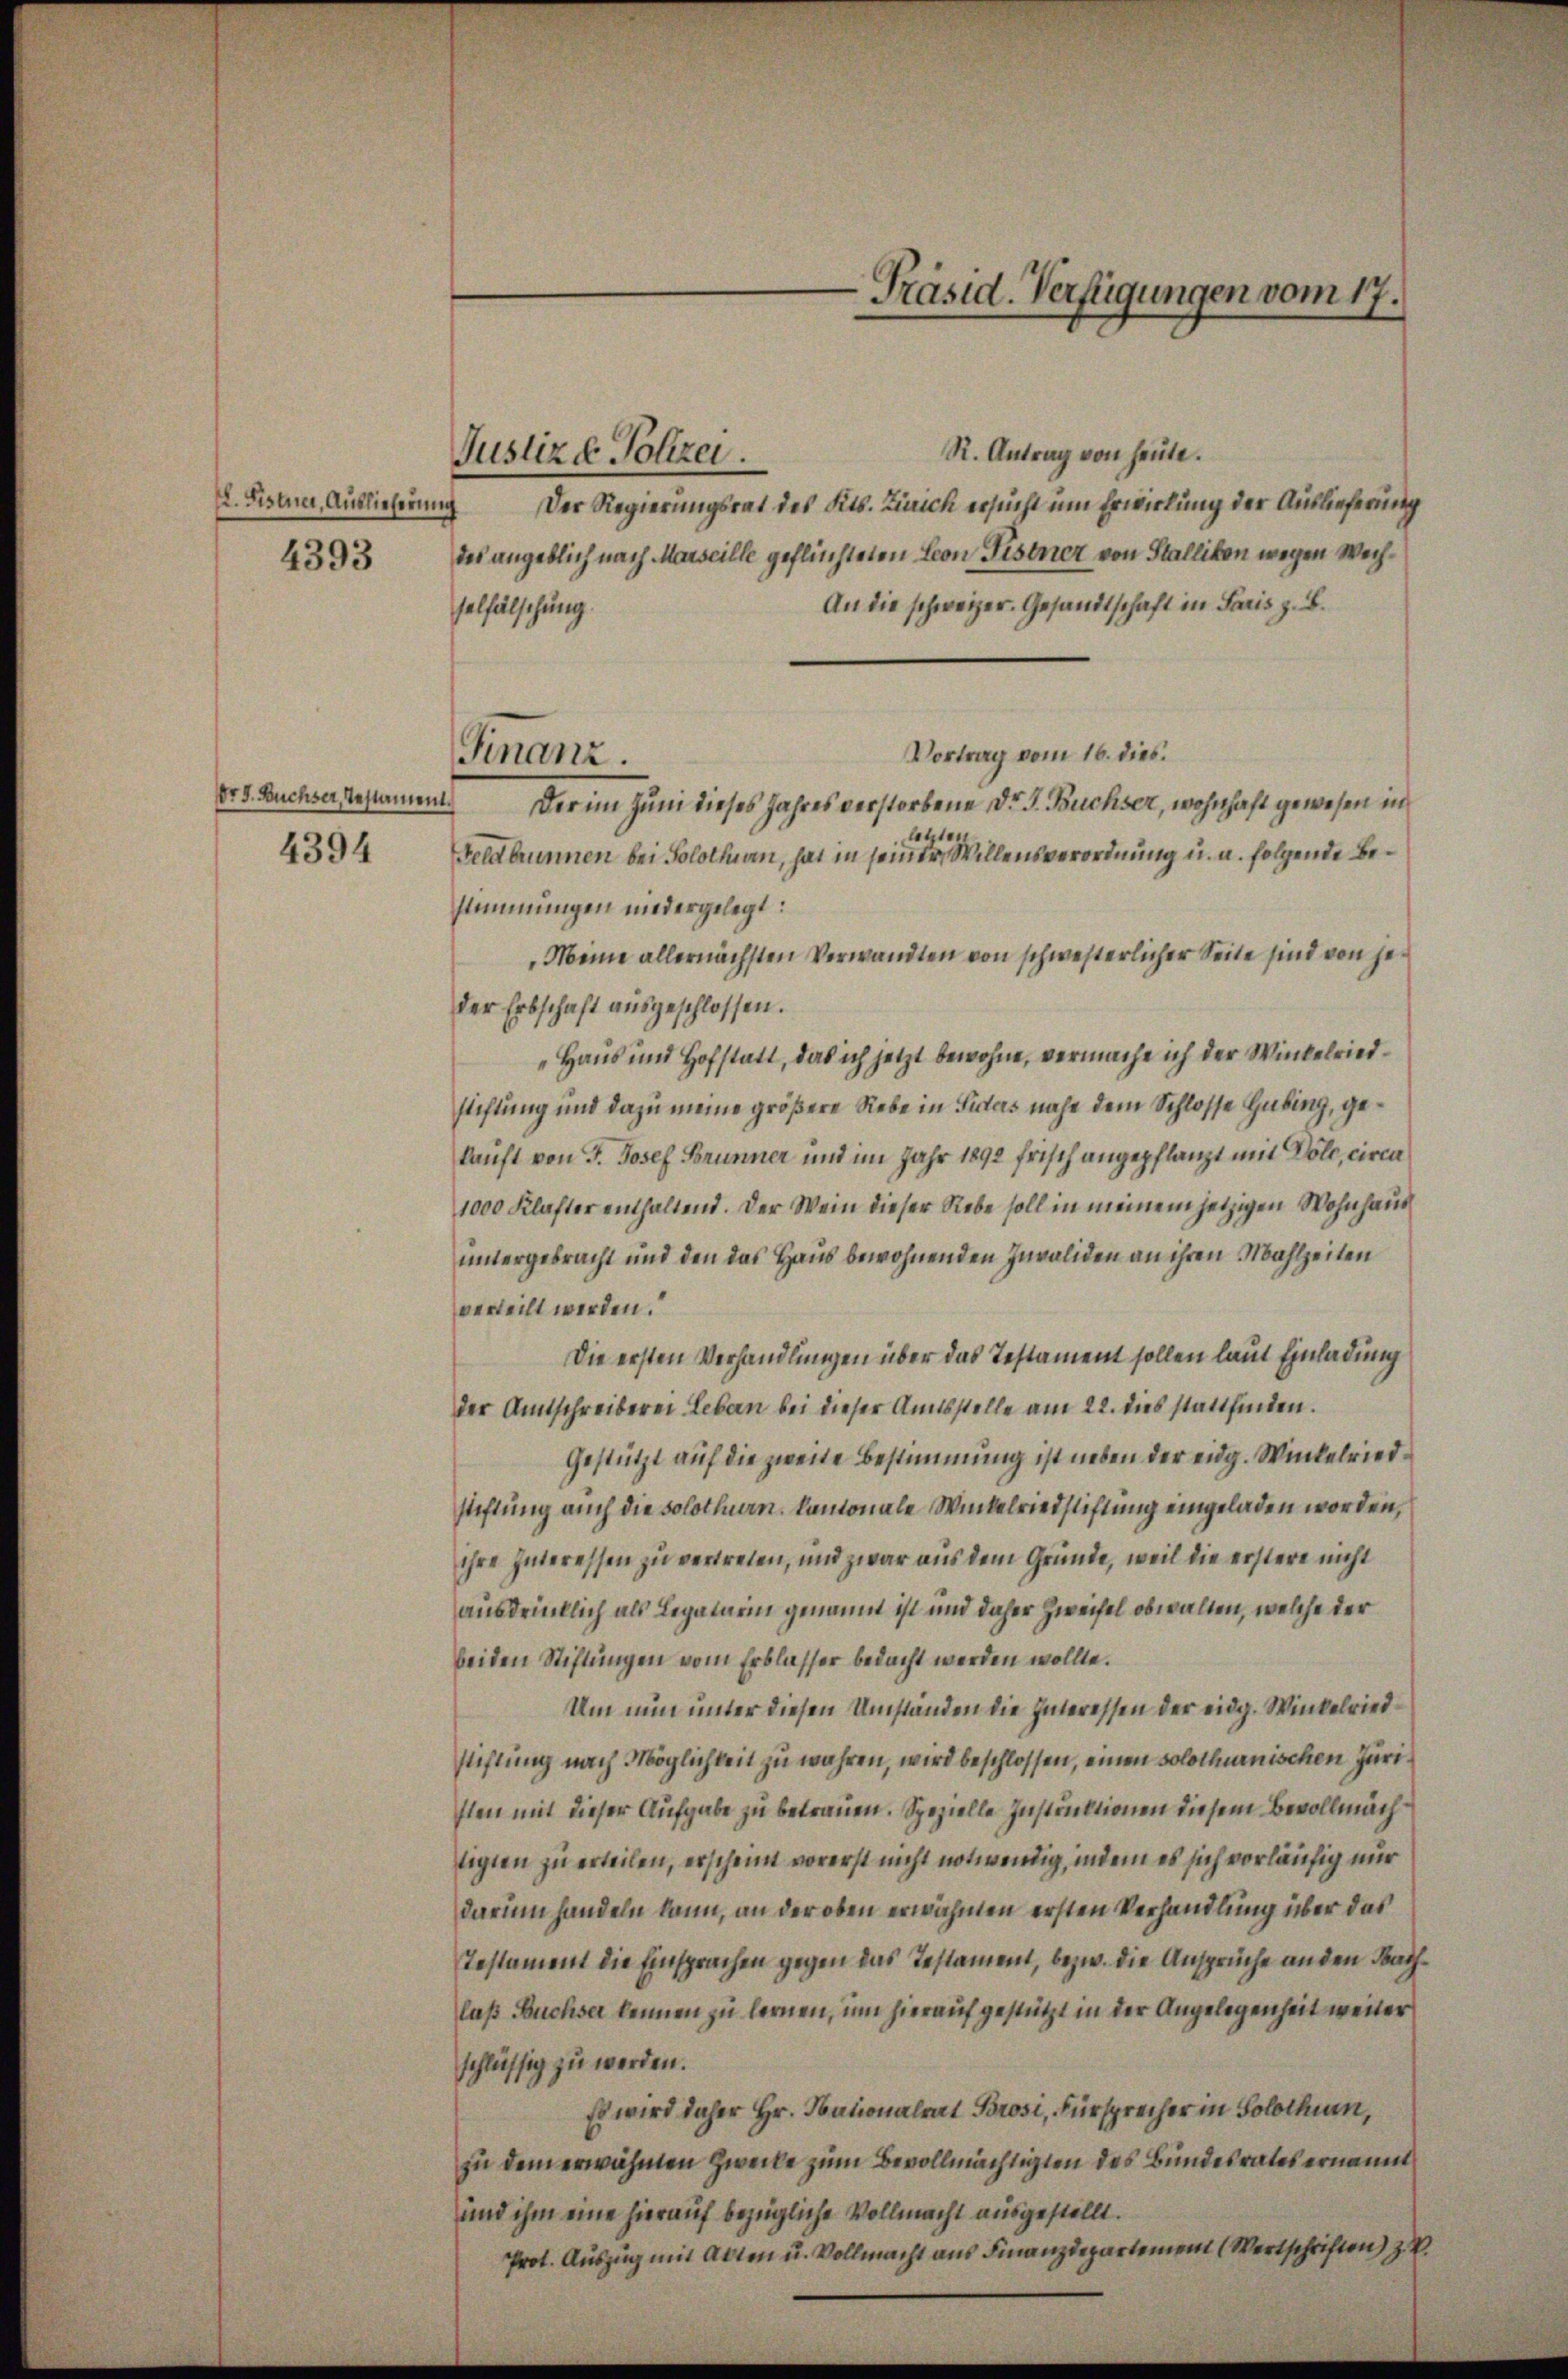
I. Fistner, Auslieferung

pr 5. Buchser, Testament.

4393

4394

R. Antrag von heute.
Der Regierungsrat des Kts. Zürich ersucht um Erwirkung der Auslieferung
des angeblich nach Marseille geflüchteten Leon Fistner von Stallikon wegen Wech¬
An die schweizer. Gesandtschaft in Paris z. B.
selfälschung.
Vortrag vom 16. dies
Der im Juni dieses Jahres verstorbene Dr. J. Büchser, wohnhaft gewesen in
t
Geldbrunnen bei Solothurn, hat in seiner Willensverordnung u. a. folgende Bestimmungen niedergelegt:
Meine allernächsten Verwandten von schwesterlicher Seite sind von jeder Erbschaft ausgeschlossen.
Haus und Hofstatt, das ich jetzt bewohne, vermache ich der Winkelriedsichtung und dazu meine größere Rede in Ficlas nahe dem Schlosse Gubing, gekauft von J. Josef Brunner und im Jahr 1892 frisch angepflanzt mit Dole, circa
1000 Klafter enthaltend. Der Wein dieser Rebe soll in meinem jetzigen Wohnhaus
untergebracht und den das Haus bewohnenden Invaliden an ihren Mahlzeiten
verteilt werden.
Die ersten Verhandlungen über das Testament sollen laut Einladung
der Amtschreiberei Leben bei dieser Amtsstelle am 22. dies stattfinden.
Gestützt auf die zweite Bestimmung ist neben der eidg. Winkelriedstiftung auch die Solothurn, kantonale Winkelriedstiftung eingeladen worden,
ihre Interessen zu vertreten, und zwar aus dem Gründe, weil die erstere nicht
ausdrücklich als Legatarin genannt ist und daher Zweifel obwalten, welche der
beiden Stiftungen vom Erblasser bedacht werden wollte.
Um nun unter diesen Umständen die Inneressen der eidg. Winkelriedstiftung nach Möglichkeit zu wahren, wird beschlossen, einen solothurnischen Juri
sten mit dieser Aufgabe zu betrauen. Spezielle Instruktionen diesem Bevollmächtigten zu erteilen, erscheint vorerst nicht notwendig, indem es sich vorläufig nur
darum handeln kann, an der oben erwähnten ersten Verhandlung über das
Testament die Einsprachen gegen das Testament, bezw. die Ansprüche an den Fachlaß Buchser kennen zu lernen, um hierauf gestützt in der Angelegenheit weiter
schlüssig zu werden.
Es wird daher Hr. Maionalrat Brosi, Fürsprecher in Solothurn,
zu dem erwähnen Zwecke zum Bevollmächtigten des Bundesrates ernannt
und ihm eine hierauf bezügliche Vollmacht ausgestellt.
Prot. Auszug mit Akten u. Vollmacht aus Finanzdepartement (Wertschriften) z. B.

Justiz & Polizei.

Finanz.

-Präsid. Verfügungen vom 17.